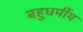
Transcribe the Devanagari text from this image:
बहुधर्मीय